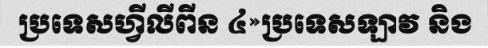
ប្រទេសហ្វីលីពីន ៤»ប្រទេសឡាវ និង